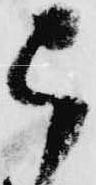
被